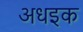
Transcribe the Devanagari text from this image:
अधइक